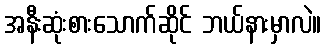
အနီးဆုံးစားသောက်ဆိုင် ဘယ်နားမှာလဲ။